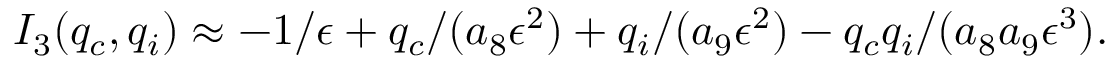
I _ { 3 } ( q _ { c } , q _ { i } ) \approx - 1 / \epsilon + q _ { c } / ( a _ { 8 } \epsilon ^ { 2 } ) + q _ { i } / ( a _ { 9 } \epsilon ^ { 2 } ) - q _ { c } q _ { i } / ( a _ { 8 } a _ { 9 } \epsilon ^ { 3 } ) .